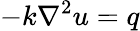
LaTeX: -k\nabla^{2}u=q